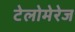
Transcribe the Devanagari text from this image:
टेलोमेरेज